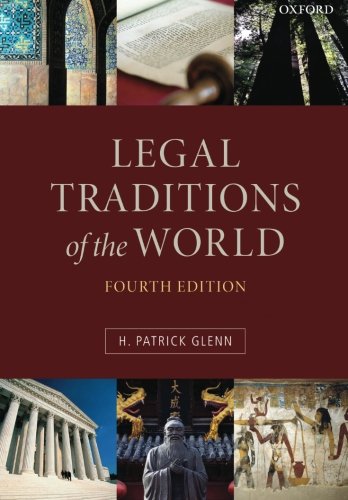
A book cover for Legal Traditions of the World: Sustainable Diversity in Law; Patrick Glenn; Law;